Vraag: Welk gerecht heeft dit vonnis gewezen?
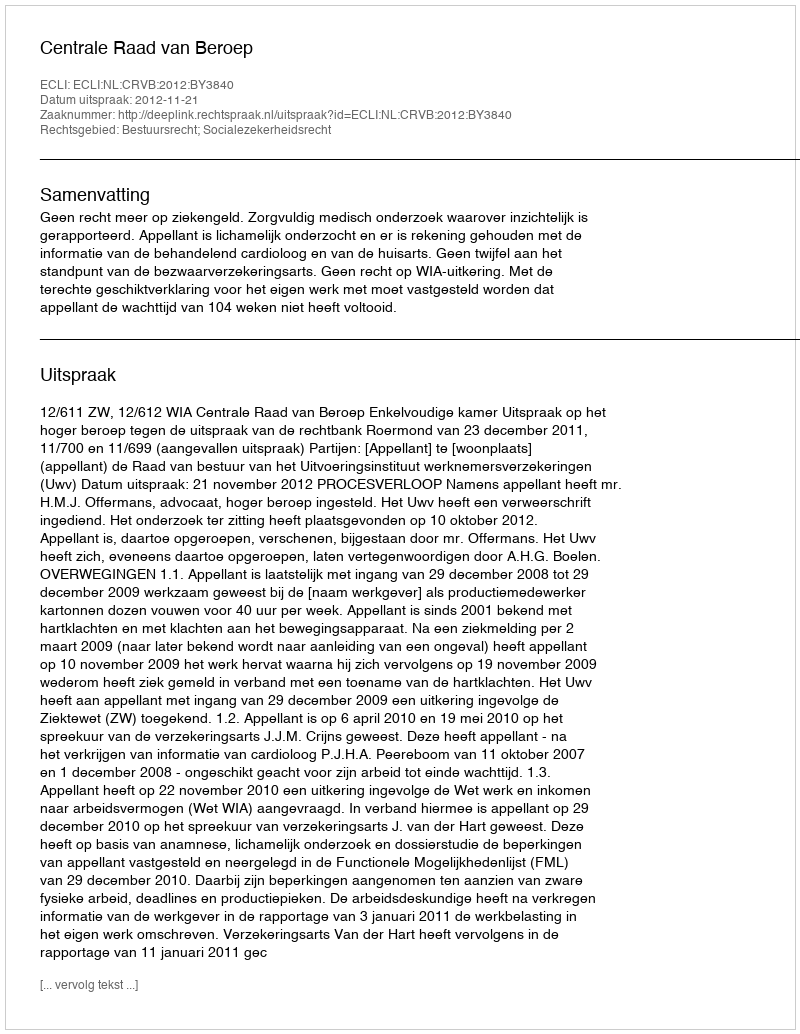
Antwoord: Centrale Raad van Beroep